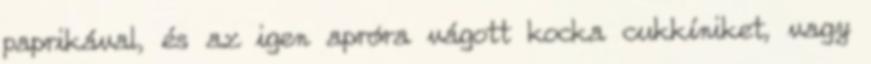
paprikával, és az igen apróra vágott kocka cukkíniket, vagy